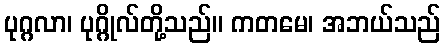
ပုဂ္ဂလာ၊ ပုဂ္ဂိုလ်တို့သည်။ ကတမေ၊ အဘယ်သည်